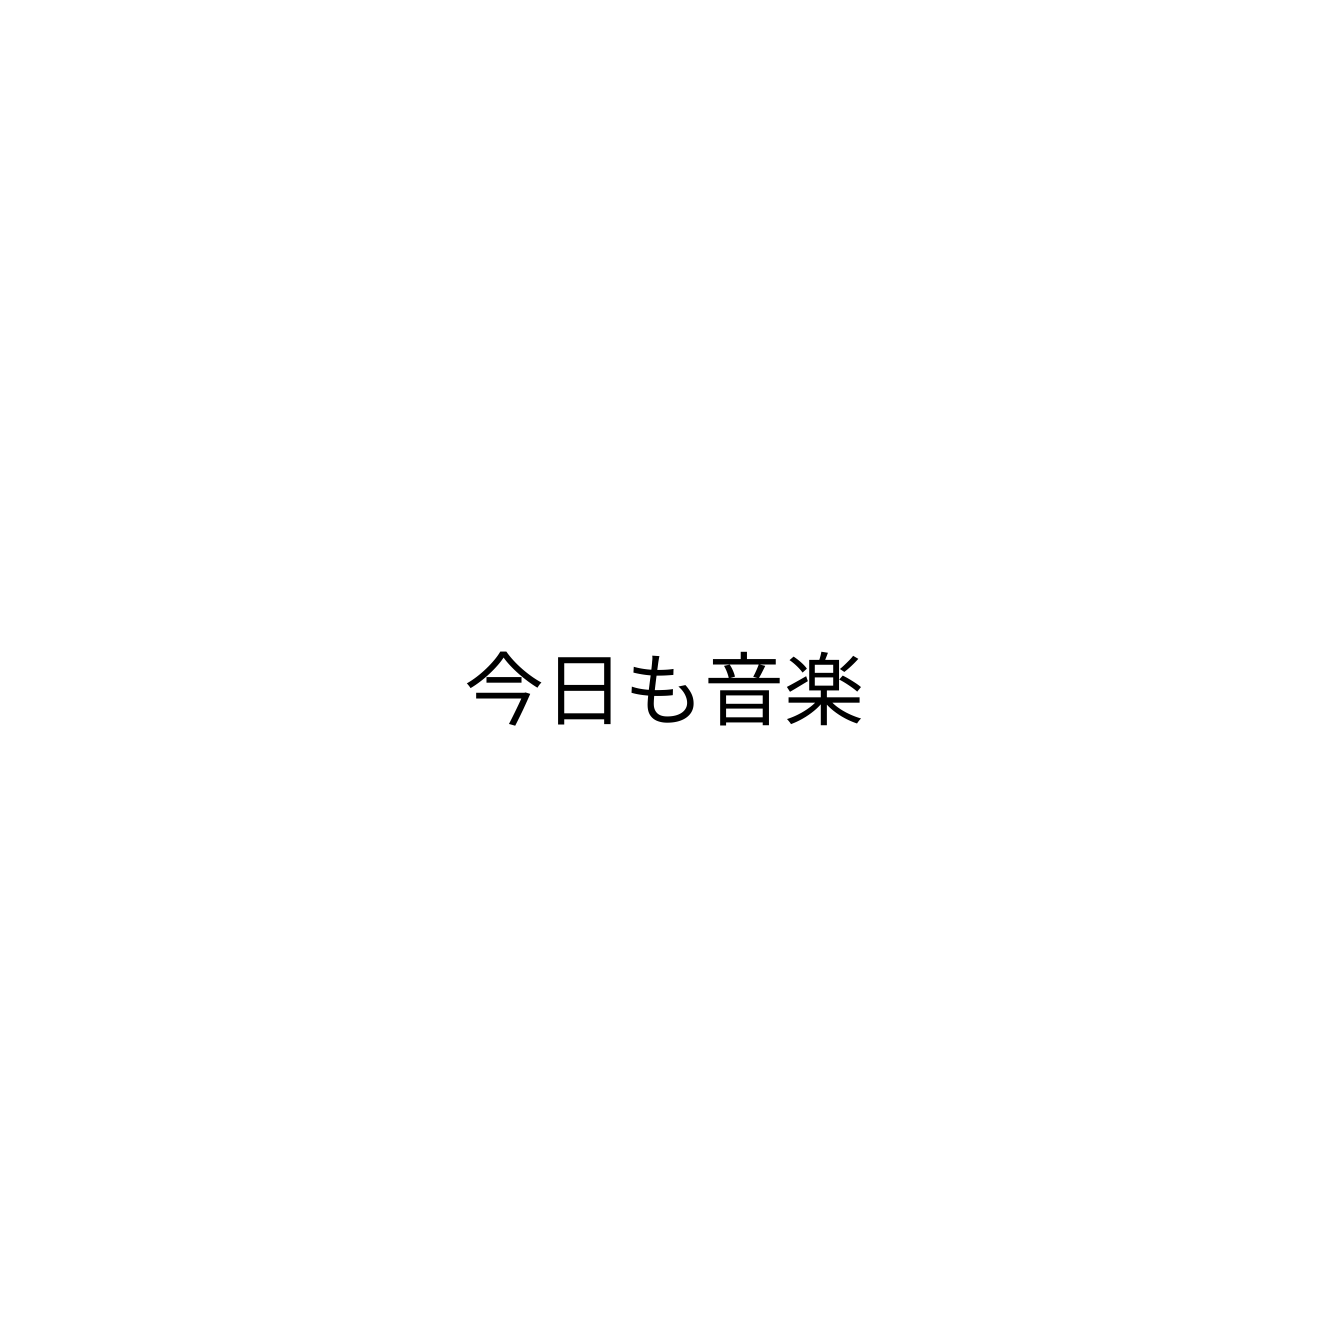
今日も音楽